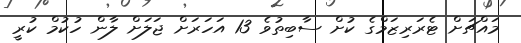
މައްޗަށް ޓެރަރިޒަމްގެ ކުށް ސާބިތުވެ 13 އަހަރަށް ޖަލަށް ލާން ހުކުމް ކުރީ